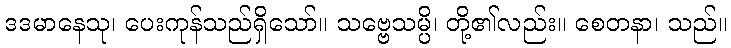
ဒဒမာနေသု၊ ပေးကုန်သည်ရှိသော်။ သဗ္ဗေသမ္ပိ၊ တို့၏လည်း။ စေတနာ၊ သည်။